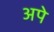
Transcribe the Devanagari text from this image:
अपे